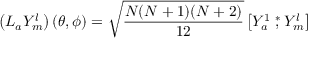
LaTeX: \left( L _ { a } { Y } _ { m } ^ { l } \right) ( \theta , \phi ) = \sqrt { \frac { N ( N + 1 ) ( N + 2 ) } { 1 2 } } \left[ { Y } _ { a } ^ { 1 } \stackrel { * } { , } { Y } _ { m } ^ { l } \right]